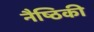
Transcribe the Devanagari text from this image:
नैष्ठिकी